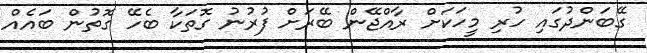
ގޭބަންދުގައި ހުރި މީހަކަށް ރާއްޖޭން ބޭރަށް ފުރުނު ގޮތަކާ ބެހޭ ގޮތުން ބައެއް